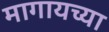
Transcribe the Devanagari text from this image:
मागायच्या